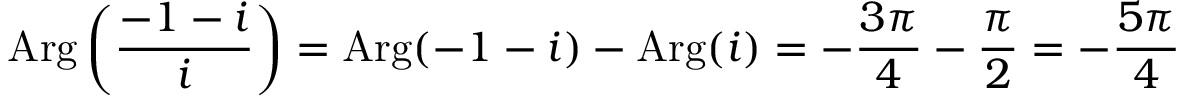
\operatorname { A r g } { \biggl ( } { \frac { - 1 - i } { i } } { \biggr ) } = \operatorname { A r g } ( - 1 - i ) - \operatorname { A r g } ( i ) = - { \frac { 3 \pi } { 4 } } - { \frac { \pi } { 2 } } = - { \frac { 5 \pi } { 4 } }